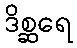
ဒိစ္ဆရေ